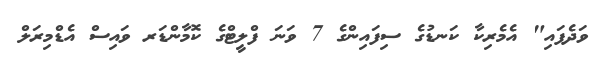
ވަދެފައި" އެމެރިކާ ކަނޑުގެ ސިފައިންގެ 7 ވަނަ ފްލީޓްގެ ކޮމާންޑަރ ވައިސް އެޑްމިރަލް